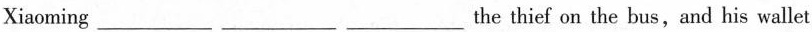
Xiaoming___ ___ ___the thief on the bus,and his wallet